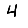
Digit: 4